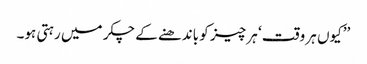
’’کیوں ہر وقت ‘ ہر چیز کو باندھنے کے چکر میں رہتی ہو۔